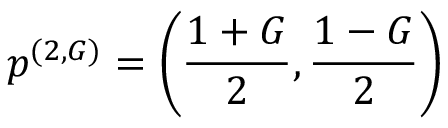
\boldsymbol { p } ^ { ( 2 , G ) } = \left( \frac { 1 + G } { 2 } , \frac { 1 - G } { 2 } \right)